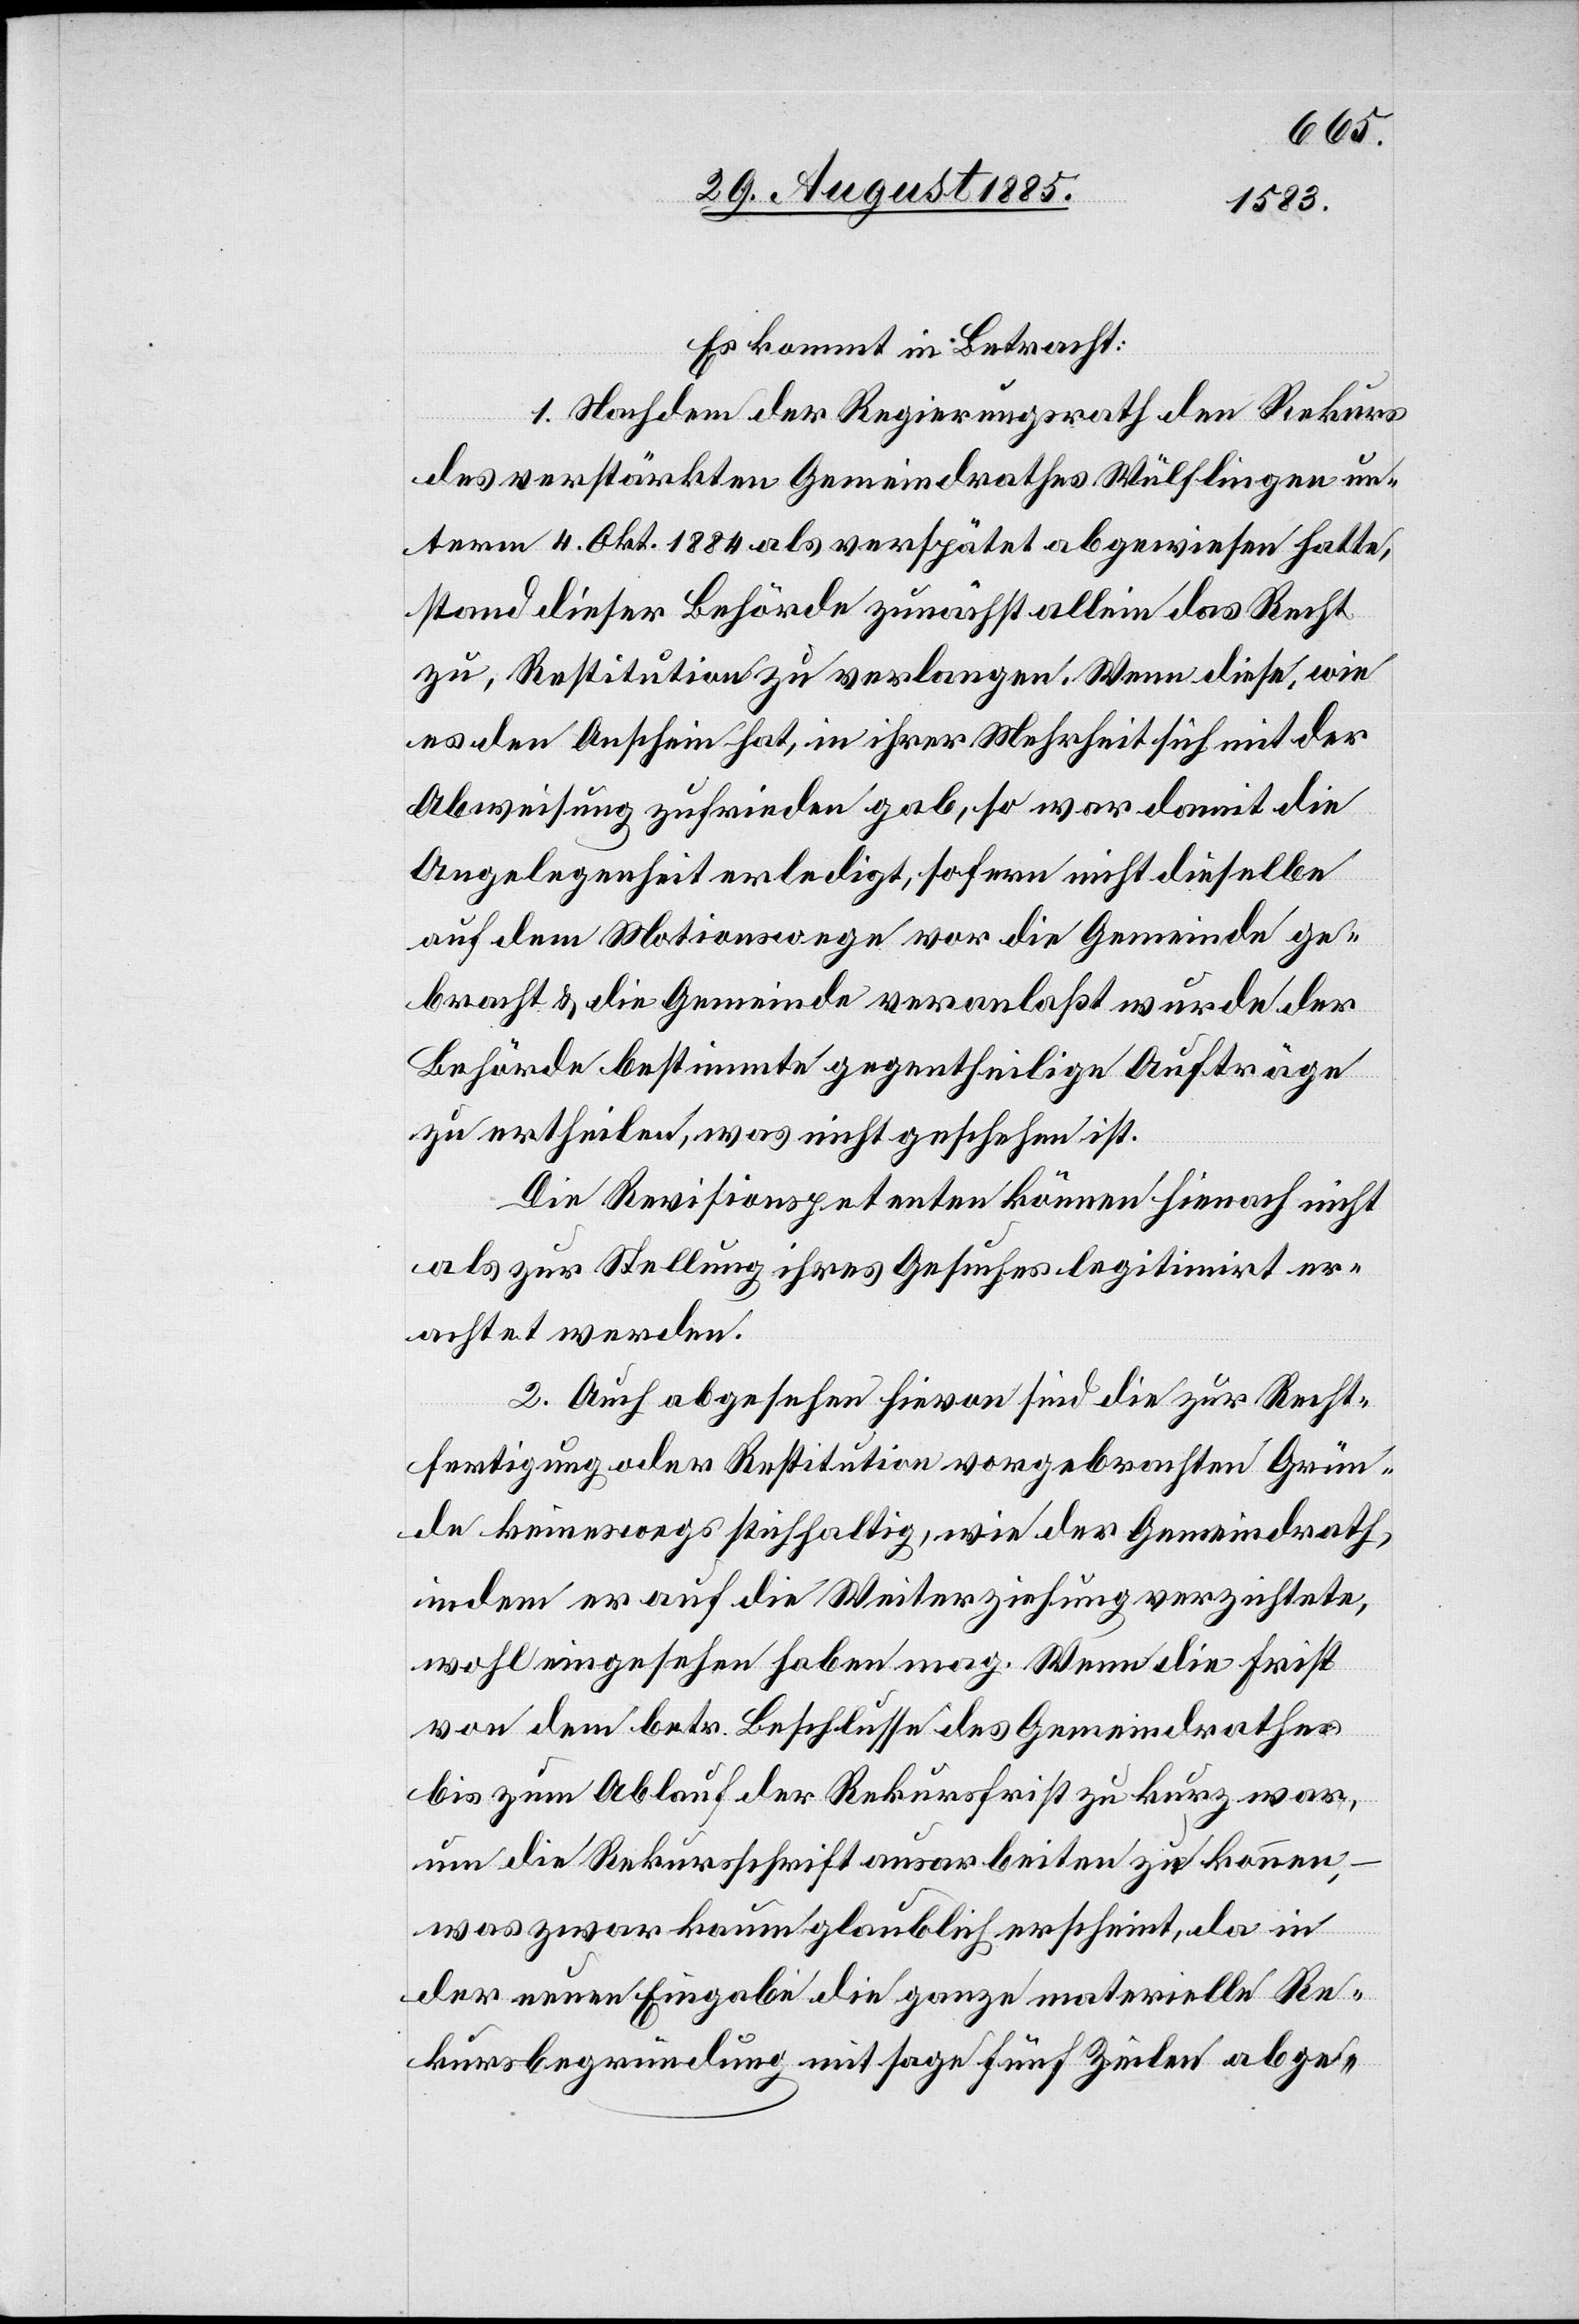
Es kommt in Betracht:
1. Nachdem der Regierungsrath den Rekurs
des verstärkten Gemeindrathes Wülflingen un¬
term 4. Okt. 1884 als verspätet abgewiesen hatte,
stand dieser Behörde zunächst allein das Recht
zu, Restitution zu verlangen. Wenn diese, wie
es den Anschein hat, in ihrer Mehrheit sich mit der
Abweisung zufrieden gab, so war damit die
Angelegenheit erledigt, sofern nicht dieselbe
auf dem Motionswege vor die Gemeinde ge¬
bracht & die Gemeinde veranlaßt wurde der
Behörde bestimmte gegentheilige Aufträge
zu ertheilen, was nicht geschehen ist.
Die Revisionspetenten können hienach nicht
als zur Stellung ihres Gesuches legitimirt er¬
achtet werden.
2. Auch abgesehen hievon sind die zur Recht¬
fertigung oder Restitution vorgebrachten Grün¬
de keineswegs stichhaltig, wie der Gemeindrath,
indem er auf die Weiterziehung verzichtete,
wohl eingesehen haben mag. Wenn die Frist
von dem betr. Beschlusse des Gemeindrathes
bis zum Ablauf der Rekursfrist zu kurz war,
um die Rekursschrift ausarbeiten zu können,
–
was zwar kaum glaublich erscheint, da in
der neuen Eingabe die ganze materielle Re¬
kursbegründung mit sage fünf Zeilen abge-